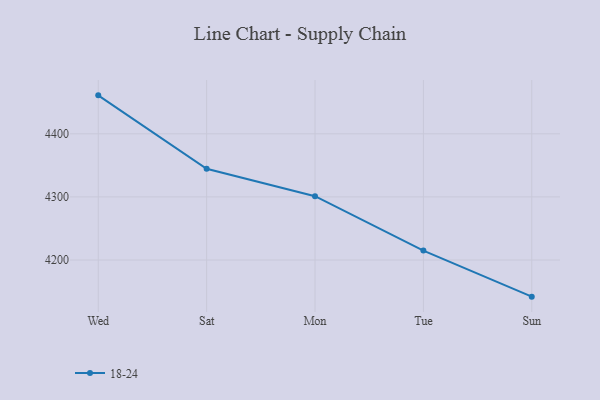
{"axis": {"x": "Day", "y": "Customer Acquisition Cost (USD)"}, "legend": ["18-24"], "data": [{"x": "Wed", "y": 4461.0, "type": "18-24"}, {"x": "Sat", "y": 4344.7, "type": "18-24"}, {"x": "Mon", "y": 4301.2, "type": "18-24"}, {"x": "Tue", "y": 4214.9, "type": "18-24"}, {"x": "Sun", "y": 4141.9, "type": "18-24"}]}